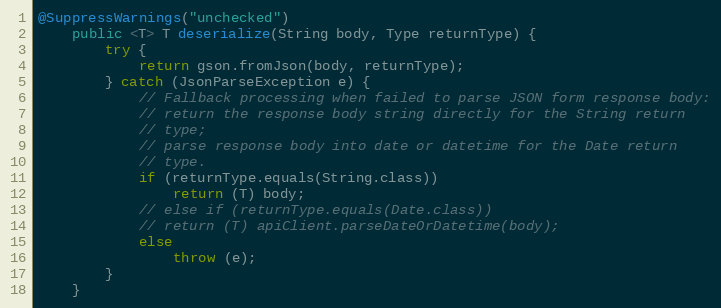
Language: Java
@SuppressWarnings("unchecked")
    public <T> T deserialize(String body, Type returnType) {
        try {
            return gson.fromJson(body, returnType);
        } catch (JsonParseException e) {
            // Fallback processing when failed to parse JSON form response body:
            // return the response body string directly for the String return
            // type;
            // parse response body into date or datetime for the Date return
            // type.
            if (returnType.equals(String.class))
                return (T) body;
            // else if (returnType.equals(Date.class))
            // return (T) apiClient.parseDateOrDatetime(body);
            else
                throw (e);
        }
    }